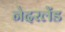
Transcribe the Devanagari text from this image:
नेदरलेंड